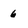
Character: 6